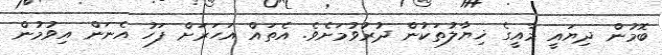
ބޮމުން ދިޔައީ މާއީގެ ޚިޔާލުތަކުން ދުރުވުމަށެވެ. އެތައް އަހަރަށް ފަހު އެނަން އިވުމުން